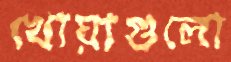
খোয়াগুলো